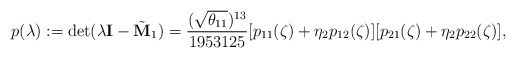
\begin{align*} p(\lambda) := \mathrm{det}(\lambda {\bf I} - \tilde{\bf M}_1) = \frac{(\sqrt{\theta_{11}})^{13}}{1953125} [p_{11}(\zeta) + \eta_2 p_{12} (\zeta)] [p_{21}(\zeta) + \eta_2 p_{22} (\zeta)],\end{align*}